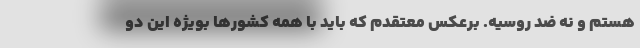
هستم و نه ضد روسیه. برعکس معتقدم که باید با همه کشورها بویژه این دو